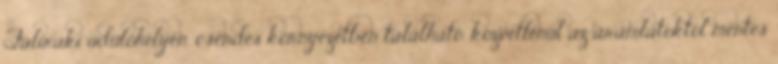
Faliraki üdülőhelyen, csendes környezetben található, közvetlenül az áramlatoktól mentes